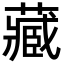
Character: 藏